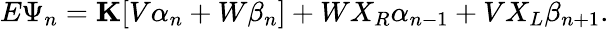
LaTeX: E\Psi_{n}=\mathbf{K}[V\alpha_{n}+W\beta_{n}]+WX_{R}\alpha_{n-1}+VX_{L}\beta_{n+1}.